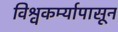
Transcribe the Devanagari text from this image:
विश्वकर्म्यापासून